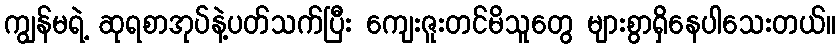
ကျွန်မရဲ့ ဆုရစာအုပ်နဲ့ပတ်သက်ပြီး ကျေးဇူးတင်မိသူတွေ များစွာရှိနေပါသေးတယ်။